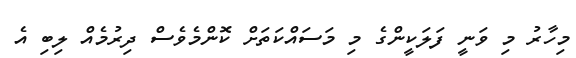
މިހާރު މި ވަނީ ފަލަކީންގެ މި މަސައްކަތަށް ކޮންމެވެސް ދިރުމެއް ލިބި އެ